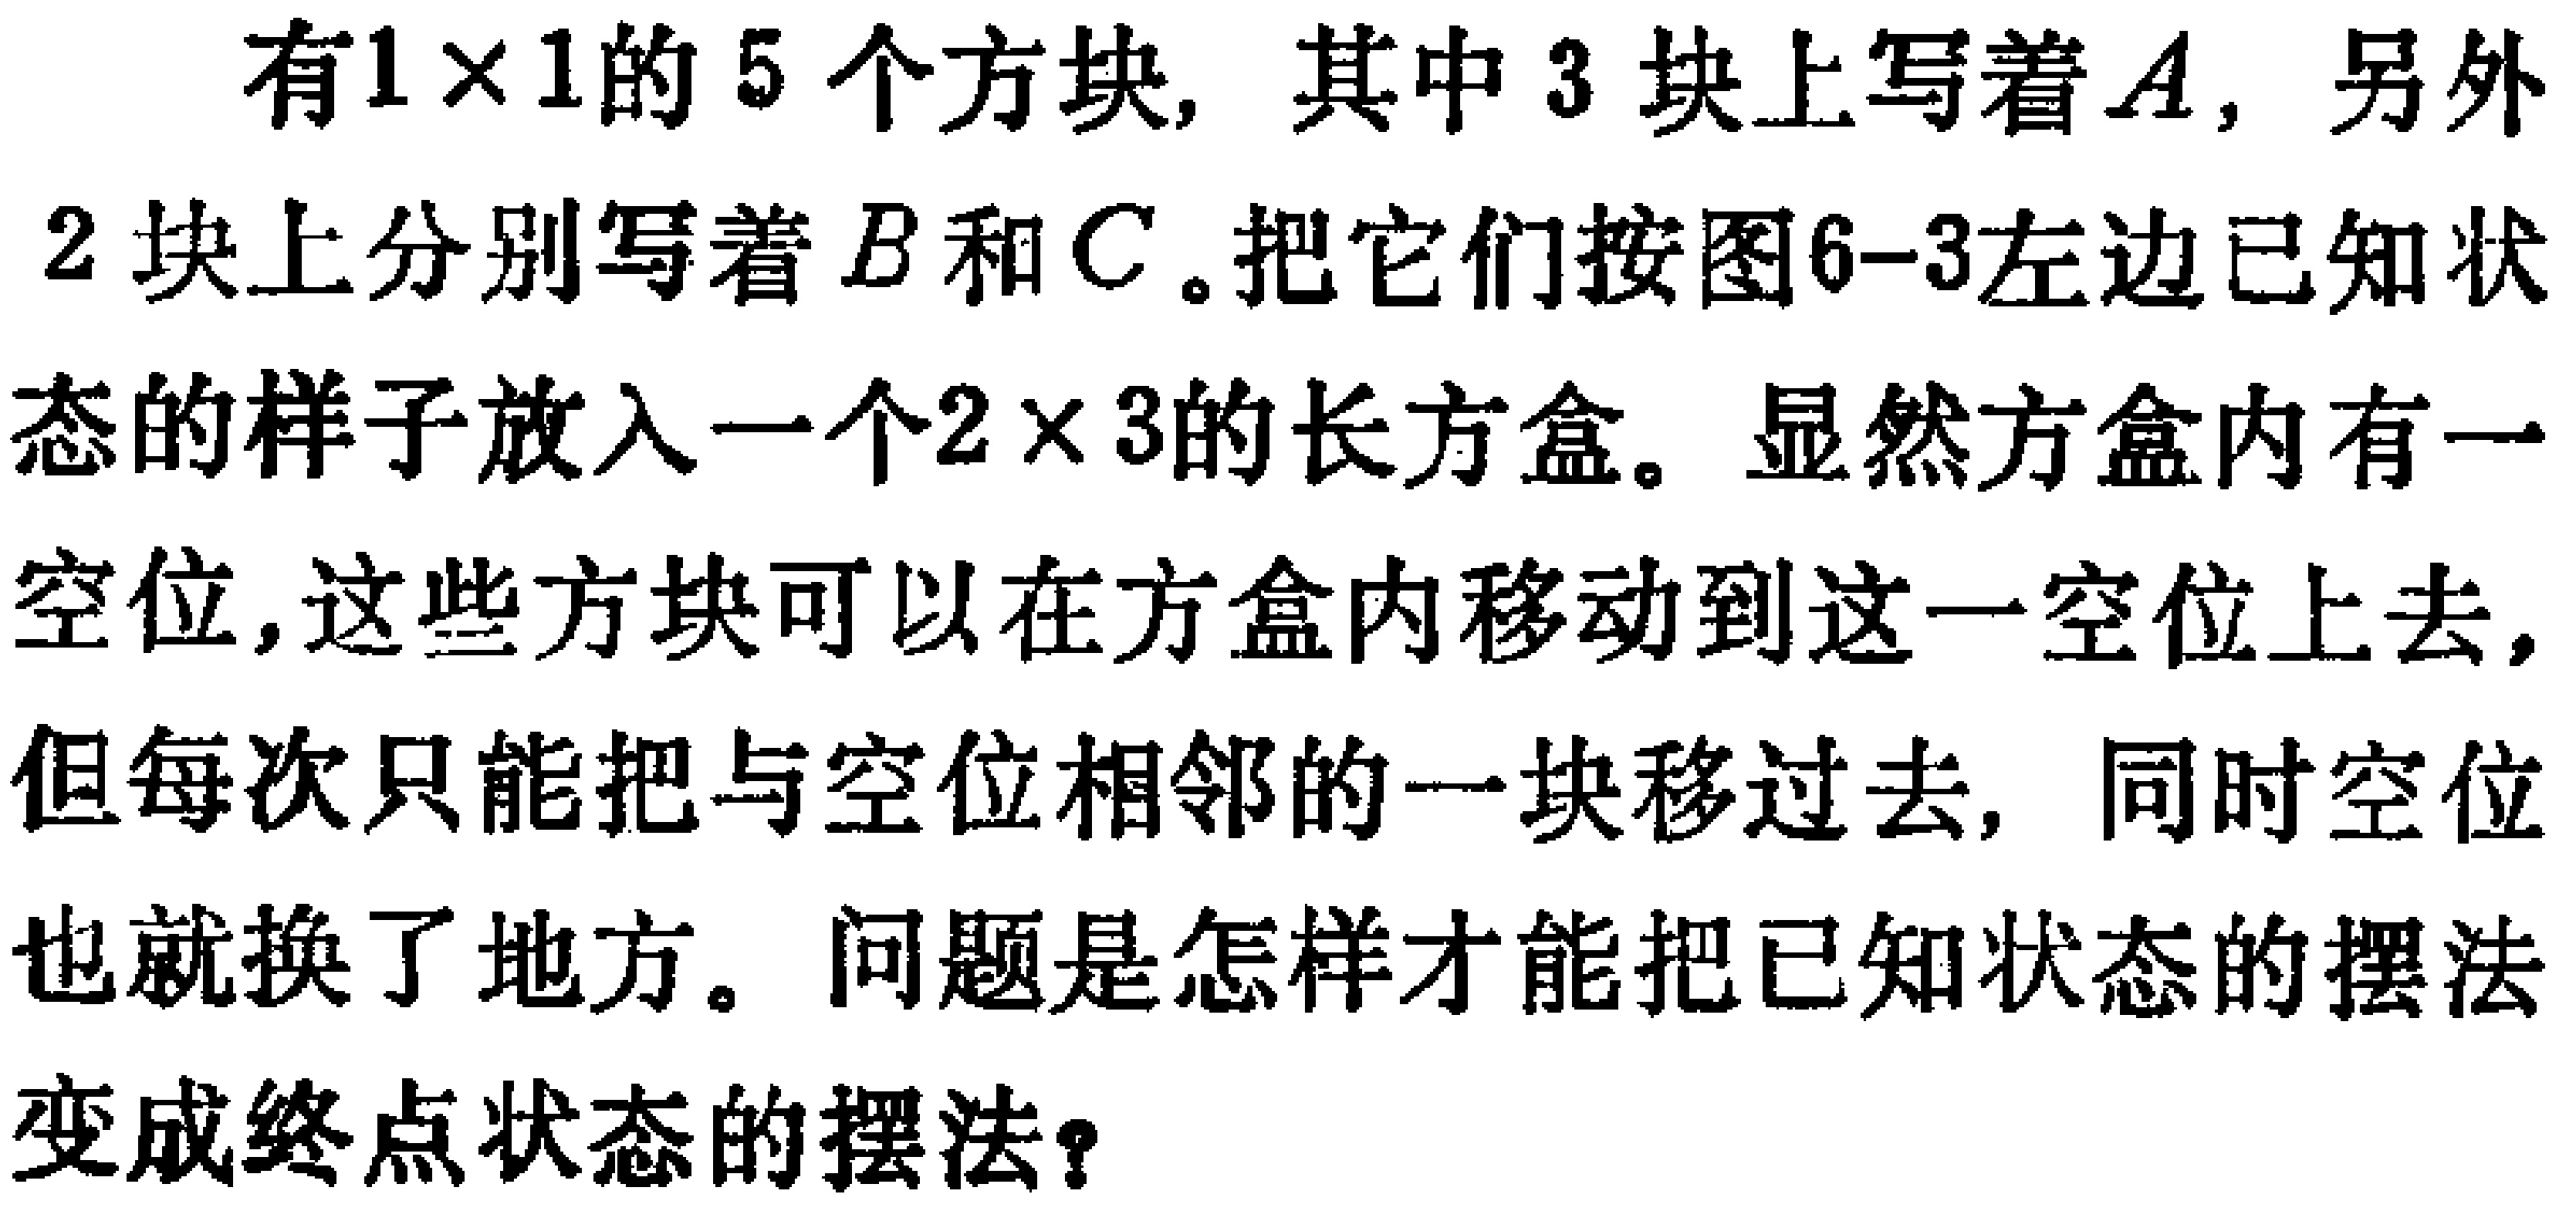
有\(1\times1\)的\(5\)个方块，其中\(3\)块上写着\(A\)，另外\(2\)块上分别写着\(B\)和\(C\)。把它们按图6 - 3左边已知状态的样子放入一个\(2\times3\)的长方盒。显然方盒内有一空位，这些方块可以在方盒内移动到这一空位上去，但每次只能把与空位相邻的一块移过去，同时空位也就换了地方。问题是怎样才能把已知状态的摆法变成终点状态的摆法？